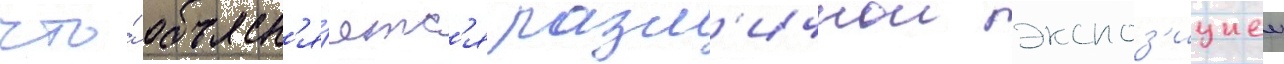
что́ объясн'я́етс'я разл'ичнои экспоз'ициеи